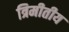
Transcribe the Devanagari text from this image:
त्रिमीतीय